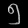
Digit: ၅